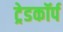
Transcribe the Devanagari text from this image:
ट्रेडकॉर्प